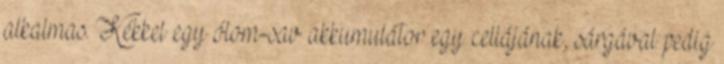
alkalmas. Kékkel egy ólom-sav akkumulátor egy cellájának, sárgával pedig